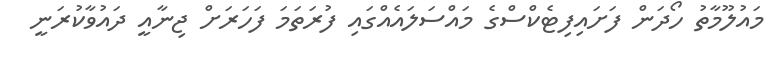
މައުލޫމާތު ހޯދަން ފަށައިފިޓެކްސްގެ މައްސަލައެއްގައި ފުރަތަމަ ފަހަރަށް ޖިނާއީ ދައުވާކުރަނީ